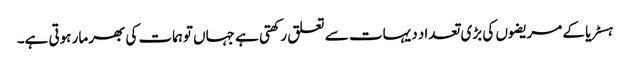
ہسٹریا کے مریضوں کی بڑی تعداد دیہات سے تعلق رکھتی ہے جہاں توہمات کی بھرمار ہوتی ہے۔